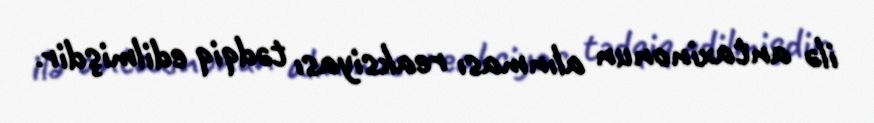
ilə antaxinonun alınması reaksiyası tədqiq edilmişdir.